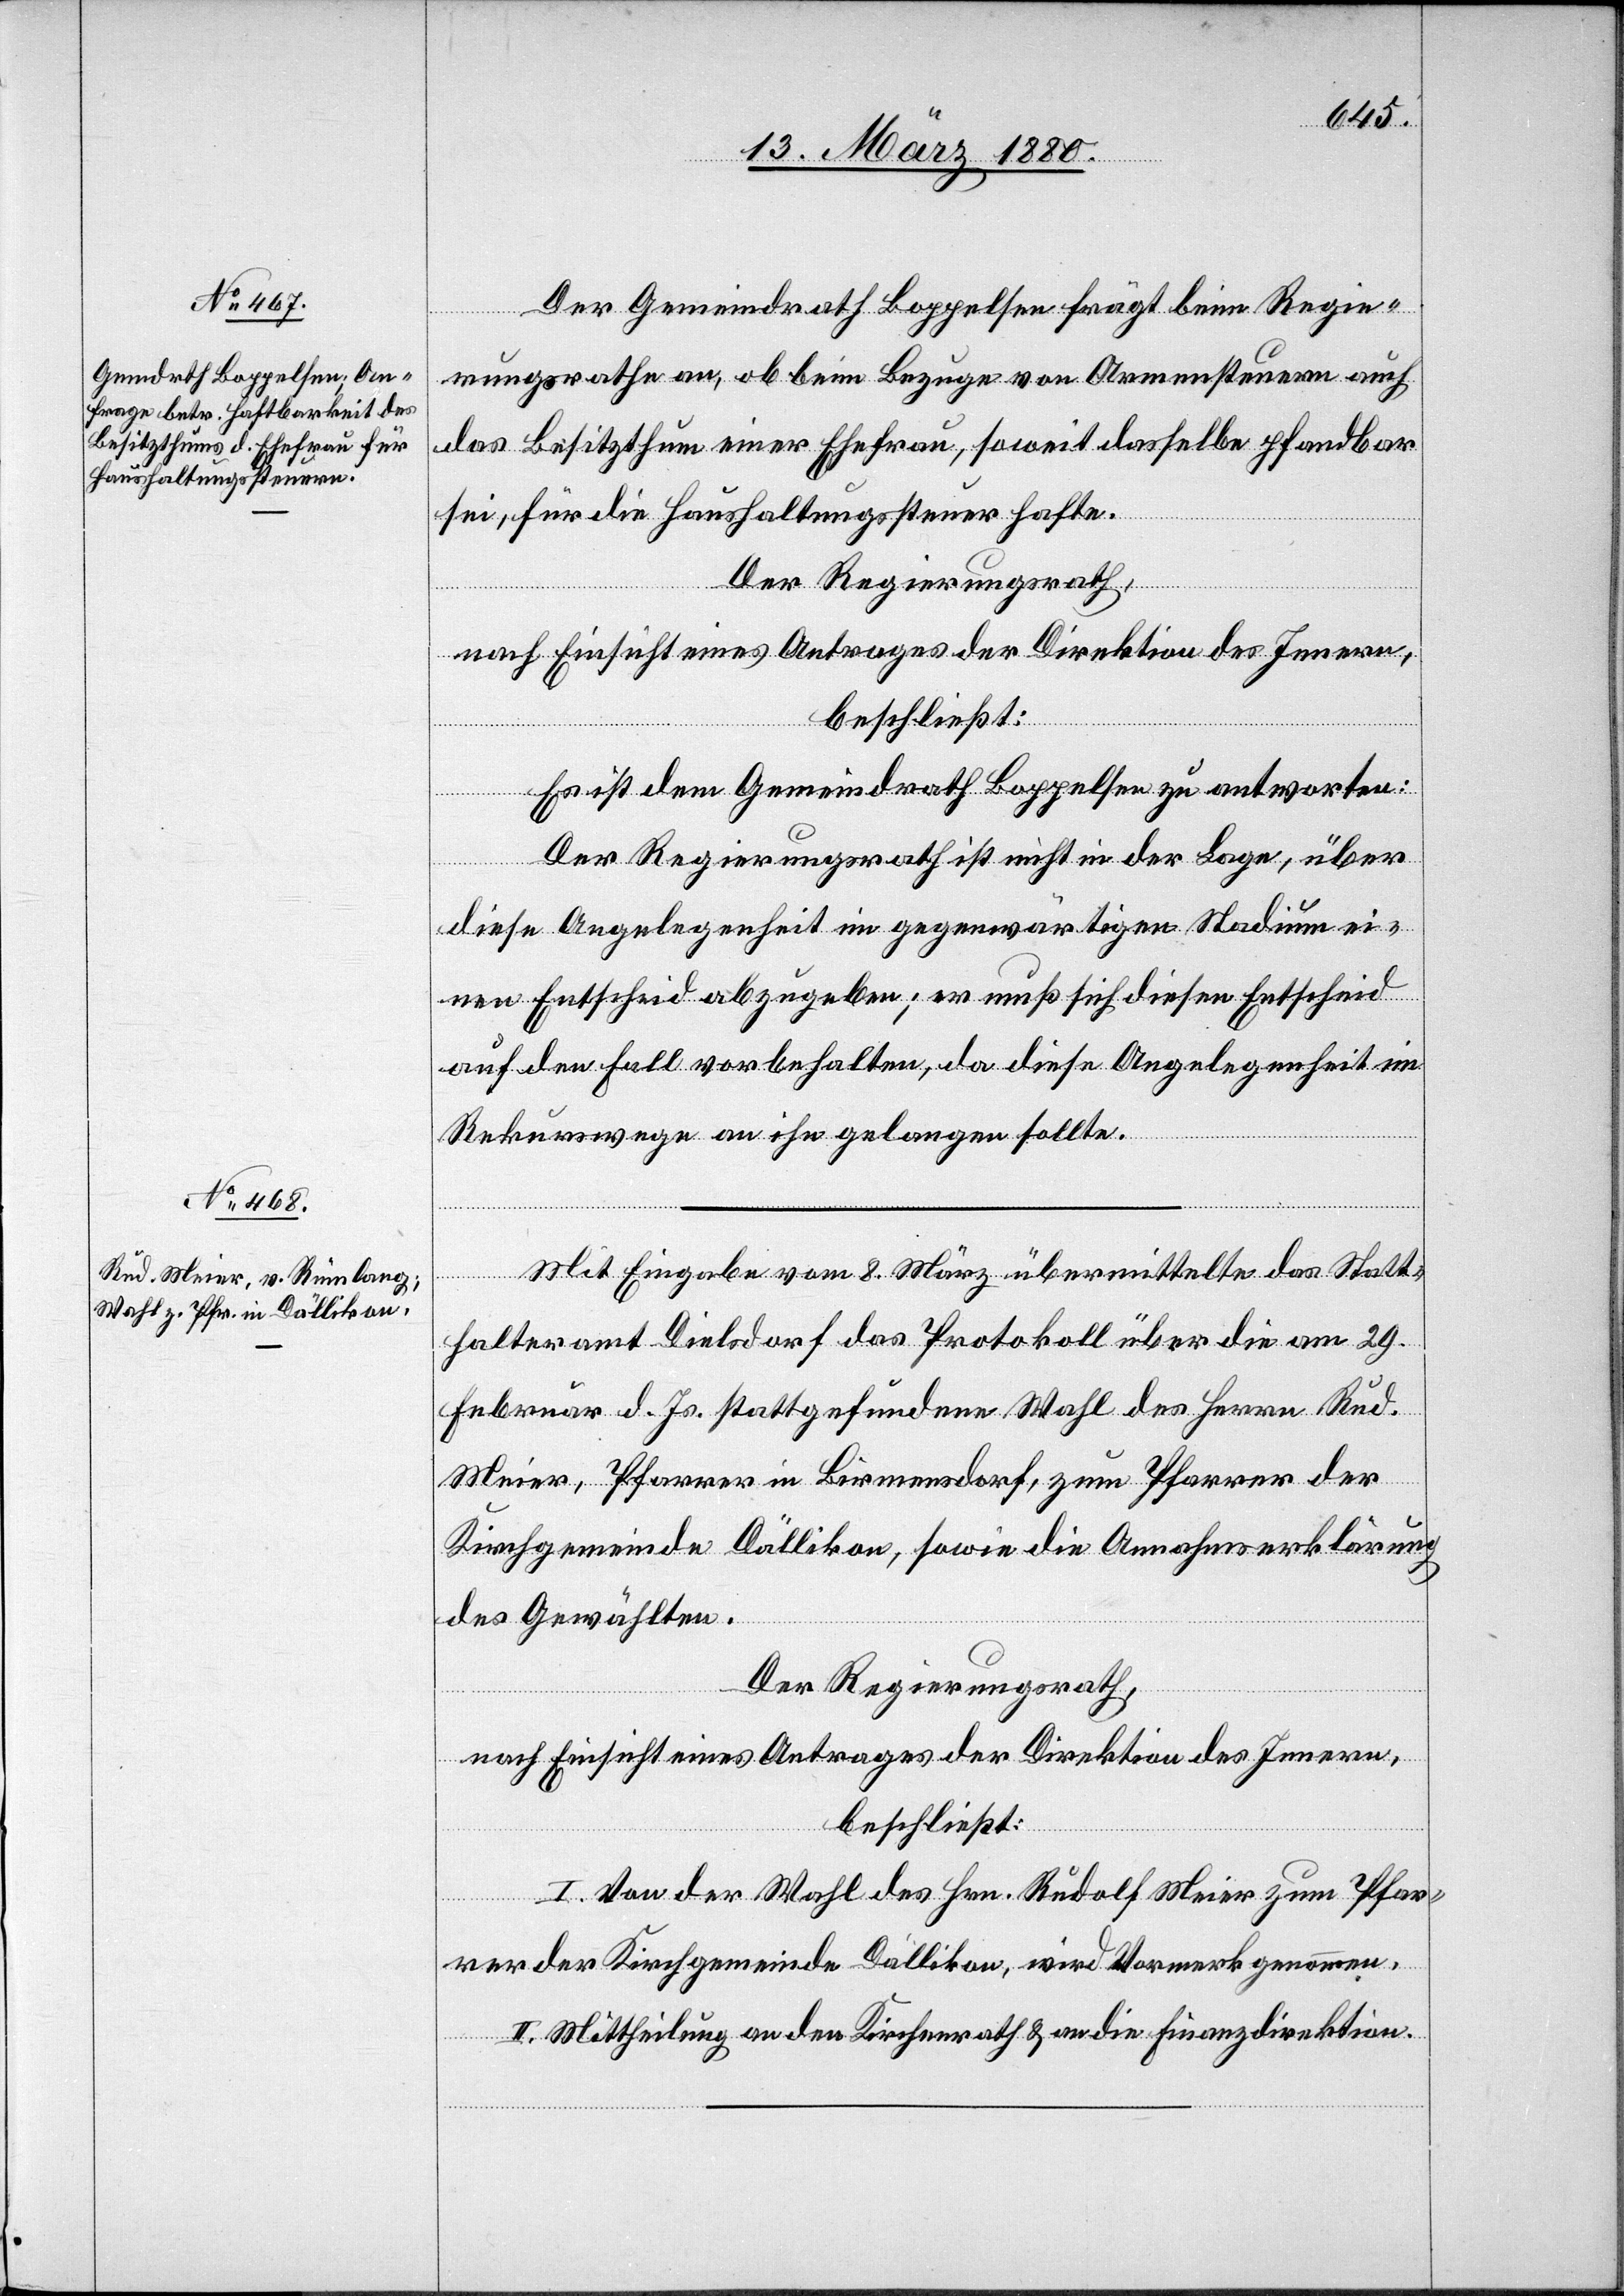
Der Gemeindrath Boppelsen frägt beim Regie¬
rungsrathe an, ob beim Bezuge von Armensteuern auch
das Besitzthum einer Ehefrau, soweit dasselbe pfandbar
sei, für die Haushaltungssteuer hafte.
Der Regierungsrath,
nach Einsicht eines Antrages der Direktion des Innern,
beschließt:
Es ist dem Gemeindrath Boppelsen zu antworten:
Der Regierungsrath ist nicht in der Lage, über
diese Angelegenheit im gegenwärtigen Stadium ei¬
nen Entscheid abzugeben; er muß sich diesen Entscheid
auf den Fall vorbehalten, da diese Angelegenheit im
Rekurswege an ihn gelangen sollte.
Mit Eingabe vom 8. März übermittelte das Statt¬
halteramt Dielsdorf das Protokoll über die am 29.
Februar stattgefundene Wahl des Herrn Rud.
Meier, Pfarrer in Birmensdorf, zum Pfarrer der
Kirchgemeinde Dällikon, sowie die Annahmeerklärung
des Gewählten.
Der Regierungsrath,
nach Einsicht eines Antrages der Direktion des Innern,
beschließt:
I. Von der Wahl des Hrn. Rudolf Meier zum Pfar¬
rer der Kirchgemeinde Dällikon, wird Vormerk genommen.
II. Mittheilung an den Kirchenrath & an die Finanzdirektion.